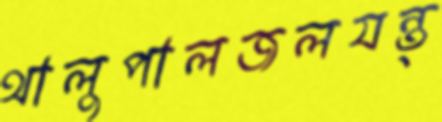
থালুপালজলযন্ত্